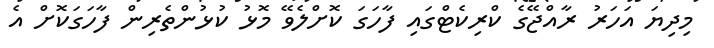
މިދިޔަ އަހަރު ރާއްޖޭގެ ކްރިކެޓްގައި ފާހަގަ ކޮށްލެވޭ މޮޅު ކުޅުންތެރިން ފާހަގަކޮށް އެ